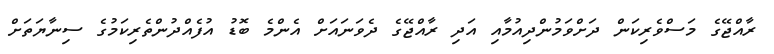
ރާއްޖޭގެ މަސްވެރިކަން ދަށްވަމުންދިއުމާއި އަދި ރާއްޖޭގެ ދެވަނައަށް އެންމެ ބޮޑު އުފެއްދުންތެރިކަމުގެ ސިނާޔަތަށް